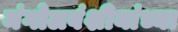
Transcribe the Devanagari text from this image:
मंगोलवंशीयांच्या